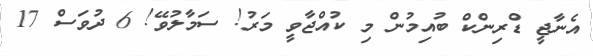
އެނާޖީ ޑްރިންކް ބުއިމުން މި ކުއްޖާވީ މަރު! ސަމާލުވޭ! 6 ދުވަސް 17